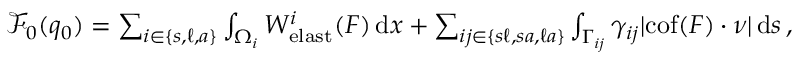
\begin{array} { r } { \mathscr { F } _ { 0 } ( q _ { 0 } ) = \sum _ { i \in \{ s , \ell , a \} } \int _ { \Omega _ { i } } W _ { \mathrm { e l a s t } } ^ { i } ( \boldsymbol { F } ) \, \mathrm { d } x + \sum _ { i j \in \{ s \ell , s a , \ell a \} } \int _ { \Gamma _ { i j } } \gamma _ { i j } | \mathrm { c o f } ( \boldsymbol { F } ) \cdot \boldsymbol { \nu } | \, \mathrm { d } s \, , } \end{array}